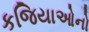
કજિયાઓનો